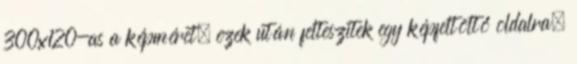
300x120-as a képméret, ezek után felteszitek egy képfeltöltő oldalra,